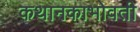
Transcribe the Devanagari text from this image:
कथानकाभोवती